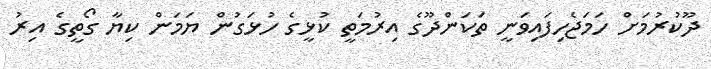
ދޫކުރުމަށް ހަމަޖެހިފައިވަނީ ތަކަންދޫގެ އިރުމަތީ ކުޅީގެ ހުޅަގުން ޔަމަން ކިޔާ ގޯތީގެ އިރު